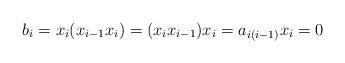
LaTeX: \begin{align*} b_i = x_i(x_{i-1}x_i) = (x_ix_{i-1})x_i = a_{i(i-1)}x_i = 0 \end{align*}